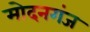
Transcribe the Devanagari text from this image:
मोदनगंज